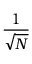
\frac { 1 } { \sqrt { N } }